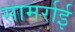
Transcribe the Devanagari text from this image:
सामर्राई